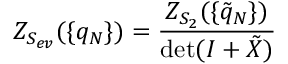
Z _ { S _ { e v } } ( \{ q _ { N } \} ) = \frac { Z _ { S _ { 2 } } ( \{ \tilde { q } _ { N } \} ) } { \operatorname * { d e t } ( I + \tilde { X } ) }